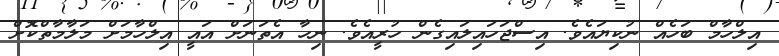
އިލްހާމް ބަހެއް ނުކިޔައެވެ. އިސްޖަހައިލައިގެން ހުރީއެވެ. ނިހާ އެތަނަށް އައީ އިލްހާމަށް މަލާމާތްކޮށް